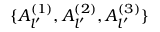
\{ A _ { l ^ { \prime } } ^ { ( 1 ) } , A _ { l ^ { \prime } } ^ { ( 2 ) } , A _ { l ^ { \prime } } ^ { ( 3 ) } \}